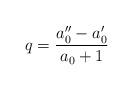
LaTeX: \begin{align*}q=\frac{a_{0}^{\prime\prime}-a_{0}^{\prime}}{a_{0}+1} \end{align*}